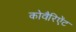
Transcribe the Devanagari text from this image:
कोवैरिऐंट